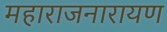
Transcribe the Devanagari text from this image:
महाराजनारायण